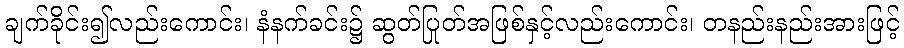
ချက်ခိုင်း၍လည်းကောင်း၊ နံနက်ခင်း၌ ဆွတ်ပြုတ်အဖြစ်နှင့်လည်းကောင်း၊ တနည်းနည်းအားဖြင့်